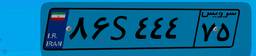
۱۹S۲۲۰۹۰